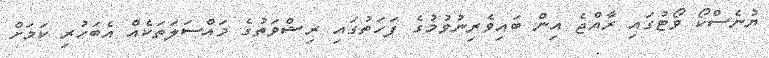
ޔުނެސްކޯ ވޯޓުގައި ރާއްޖެ އިން ބައިވެރިނުވުމުގެ ފަހަތުގައި ރިޝްވަތުގެ މައްސަލަތަކެއް އެބަހުރި ކަމަށް